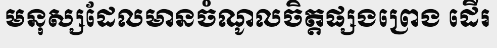
មនុស្សដែលមានចំណូលចិត្តផ្សងព្រេង ដើរ